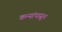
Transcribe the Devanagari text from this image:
कन्यांपासून